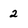
Character: 2